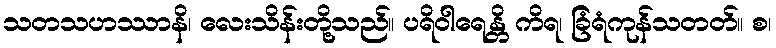
သတသဟဿာနိ၊ လေးသိန်းတို့သည်။ ပရိဝါရေန္တိ ကိရ၊ ခြံရံကုန်သတတ်။ စ၊